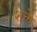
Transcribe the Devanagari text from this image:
शक्ते